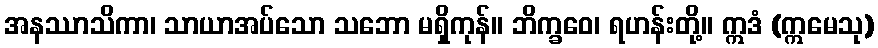
အနဿာသိကာ၊ သာယာအပ်သော သဘော မရှိကုန်။ ဘိက္ခဝေ၊ ရဟန်းတို့။ ဣဒံ (ဣမေသု)